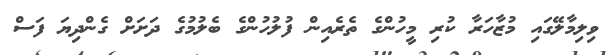
ވިލިމާލޭގައި މުޒާހަރާ ކުރި މީހުންގެ ތެރެއިން ފުލުހުންގެ ބެލުމުގެ ދަށަށް ގެންދިޔަ ފަސް